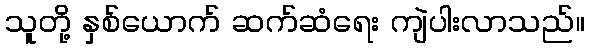
သူတို့ နှစ်ယောက် ဆက်ဆံရေး ကျဲပါးလာသည်။